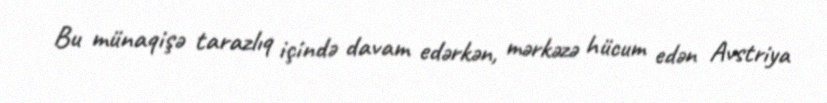
Bu münaqişə tarazlıq içində davam edərkən, mərkəzə hücum edən Avstriya